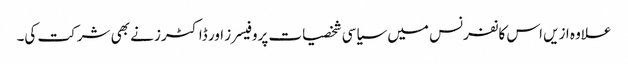
علاوہ ازیں اس کانفرنس میں سیاسی شخصیات پروفیسرز اور ڈاکٹرز نے بھی شرکت کی۔